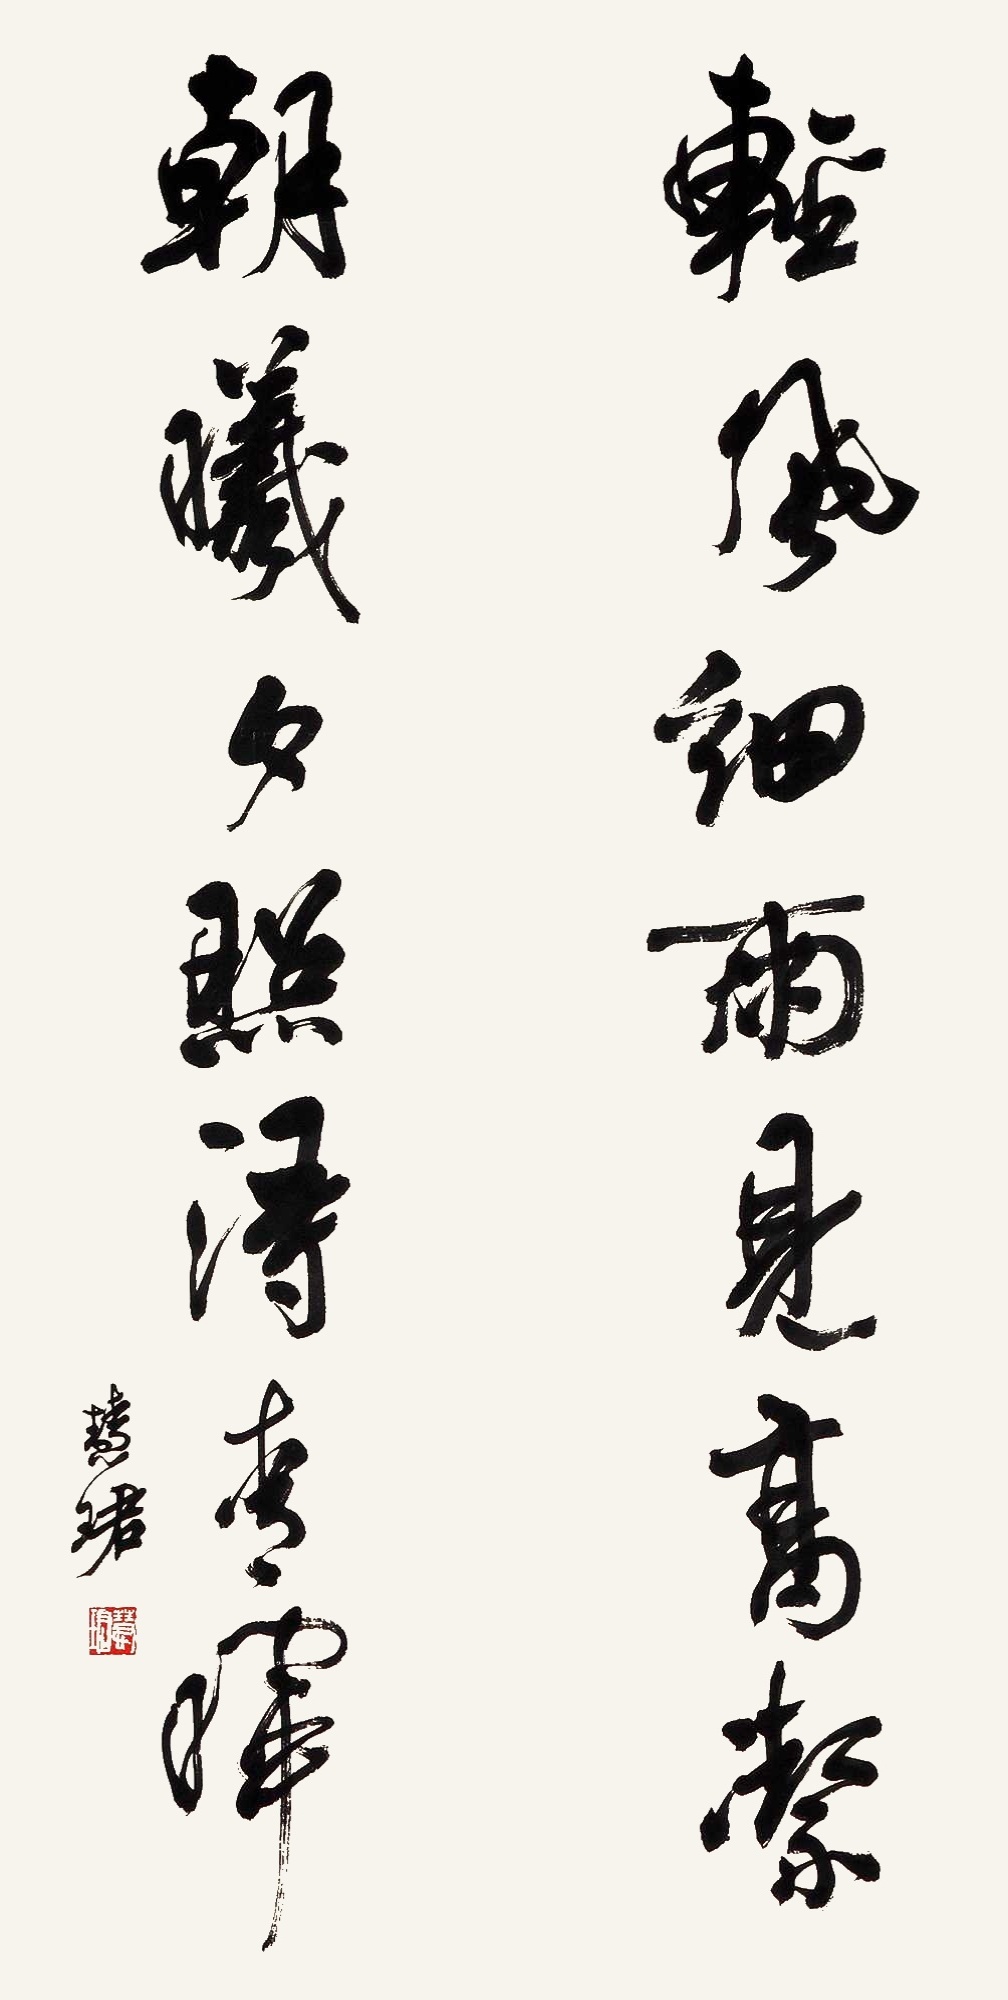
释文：轻风细雨见高洁，朝曦夕照得清晖。慧珺。